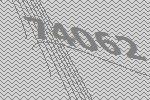
74062